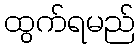
ထွက်ရမည်